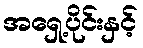
အရှေ့ပိုင်းနှင့်